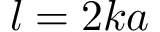
l = 2 k a